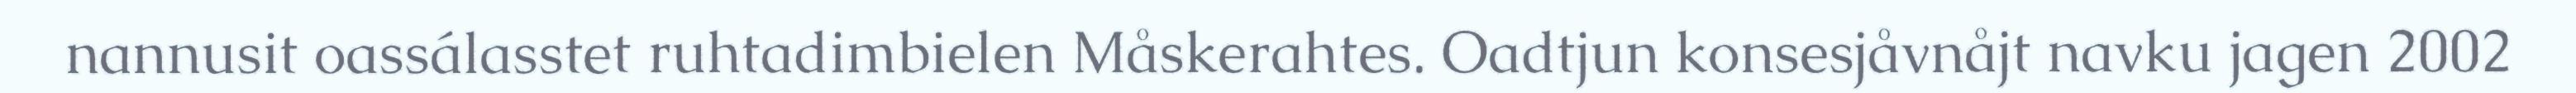
nannusit oassálasstet ruhtadimbielen Måskerahtes. Oadtjun konsesjåvnåjt navku jagen 2002